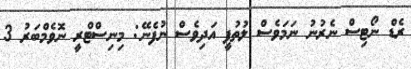
ރެޑް ނޯޓިސް ނެރުނު ނަމަވެސް ލުތުފީ އަދިވެސް ނުފެނޭ: މިނިސްޓްރީ ނޮވެމްބަރު 3